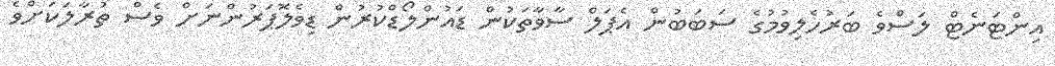
އިންޓަނެޓް ލަސްވެ ބަރުހެލިވުމުގެ ސަބަބުން އެޕަލް ސާވާތަކުން ޑައުންލޯޑްކުރުން ޑިވެލޮޕަރުންނަށް ވެސް ތުރާލަކަށްވެ